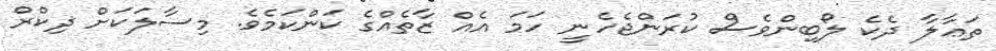
ތަޢާލާ ދެކެ ލޯބިންވެސް ކުރަންޖެހެނީ ހަމަ އެއް ޒާތެއްގެ ކަންކަމެވެ. މިސާލަކަށް ޛިކްރް